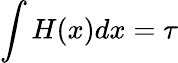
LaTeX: \int H(x)dx=\tau